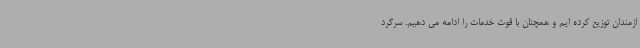
ازمندان توزیع کرده ایم و همچنان با قوت خدمات را ادامه می دهیم. سرگرد